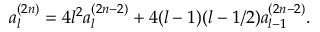
a _ { l } ^ { ( 2 n ) } = 4 l ^ { 2 } a _ { l } ^ { ( 2 n - 2 ) } + 4 ( l - 1 ) ( l - 1 / 2 ) a _ { l - 1 } ^ { ( 2 n - 2 ) } .